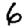
Digit: 6